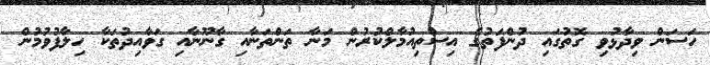
ހަސަން ވިދާޅުވި ގޮތުގައި ދުންފަތުގެ އިސްތިއުމާލްކުރުން މަނާ ތަންތަނާއި ގާނޫނާއި ގަވާއިދުތަކާ ހިލާފުވުމުން